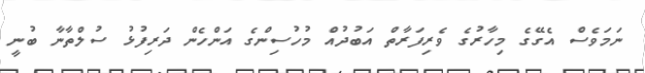
ނަމަވެސް އެގޭގެ މިހާރުގެ ވެރިފަރާތް އަބުދުއް މުހުސިންގެ އަންހެން ދަރިފުޅު ސުލްތާނާ ބުނީ